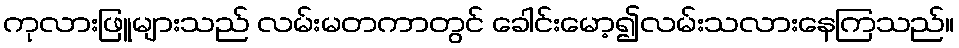
ကုလားဖြူများသည် လမ်းမတကာတွင် ခေါင်းမော့၍လမ်းသလားနေကြသည်။